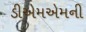
ડીએમએમની